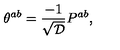
\theta ^ { a b } = { \frac { - 1 } { \sqrt { \cal D } } } P ^ { a b } ,